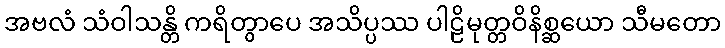
အဗလံ သံဝါသန္တိ ကရိတွာပေ အသိပ္ပဿ ပါဠိမုတ္တဝိနိစ္ဆယော သီမတော